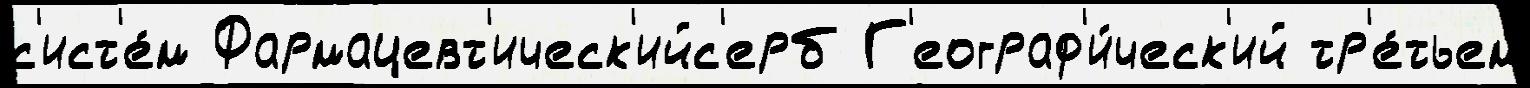
с'ист'е́м Фармацевт'ическ'ийс'ерб Г'еограф'и́ческ'ий тр'е́тьем